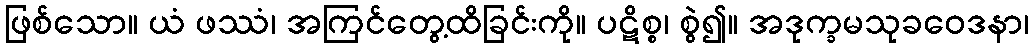
ဖြစ်သော။ ယံ ဖဿံ၊ အကြင်တွေ့ထိခြင်းကို။ ပဋိစ္စ၊ စွဲ၍။ အဒုက္ခမသုခဝေဒနာ၊